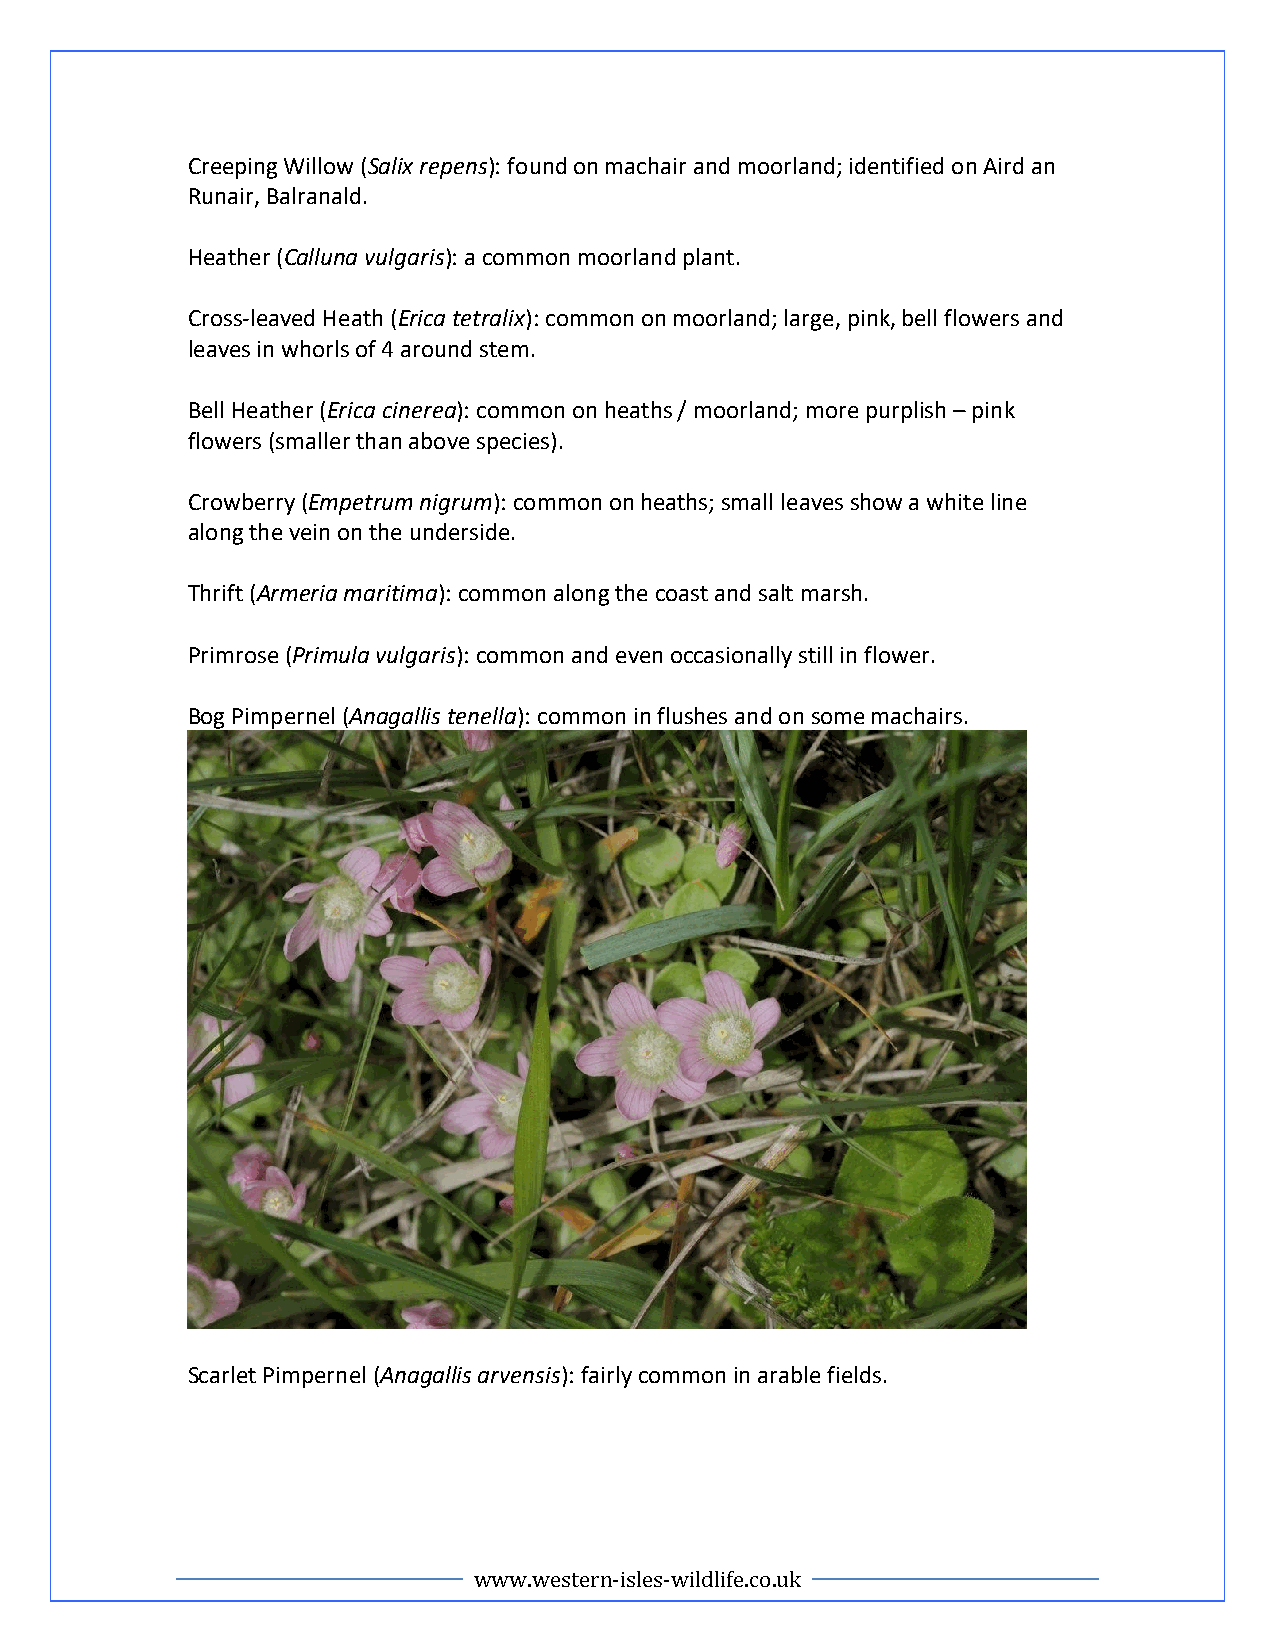
Creeping Willow (Salix repens): found on machair and moorland; identified on Aird an
 Runair, Balranald.
 Heather (Calluna vulgaris): a common moorland plant.
 Cross-leaved Heath (Erica tetralix): common on moorland; large, pink, bell flowers and
 leaves in whorls of 4 around stem.
 Bell Heather (Erica cinerea): common on heaths / moorland; more purplish – pink
 flowers (smaller than above species).
 Crowberry (Empetrum nigrum): common on heaths; small leaves show a white line
 along the vein on the underside.
 Thrift (Armeria maritima): common along the coast and salt marsh.
 Primrose (Primula vulgaris): common and even occasionally still in flower.
 Bog Pimpernel (Anagallis tenella): common in flushes and on some machairs.
 Scarlet Pimpernel (Anagallis arvensis): fairly common in arable fields.
 www.western-isles-wildlife.co.uk